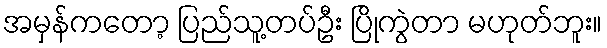
အမှန်ကတော့ ပြည်သူ့တပ်ဦး ပြိုကွဲတာ မဟုတ်ဘူး။